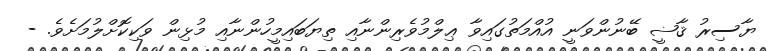
ޔާސިރު ޤާޟީ ބޭނުންވަނީ އުއްމަތުގައިވާ ޢިލްމުވެރިންނާއި ތިޔަބައިމީހުންނާއި މުޅިން ވަކިކޮށްލުމަށެވެ. -